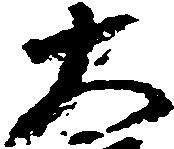
太